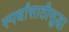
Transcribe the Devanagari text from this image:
स्पर्धांसाठीसुद्धा